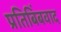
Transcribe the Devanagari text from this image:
प्रतिबिंबवाद